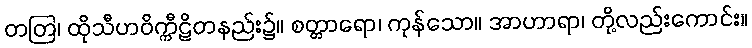
တတြ၊ ထိုသီဟဝိက္ကီဠိတနည်း၌။ စတ္တာရော၊ ကုန်သော။ အာဟာရာ၊ တို့လည်းကောင်း။